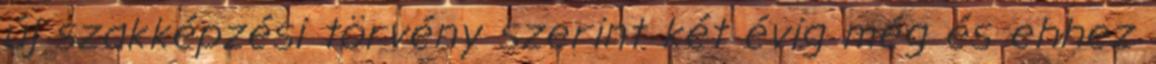
új szakképzési törvény szerint két évig még és ehhez